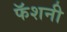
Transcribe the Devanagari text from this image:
फॅशनी